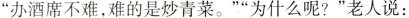
”办酒席不难，难的是炒青菜。””为什么呢?”老人说：